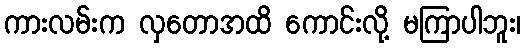
ကားလမ်းက လှတောအထိ ကောင်းလို့ မကြာပါဘူး၊